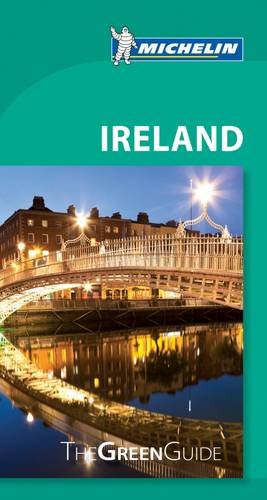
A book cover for Michelin Green Guide Ireland (Green Guide/Michelin); Michelin Travel & Lifestyle; Travel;